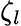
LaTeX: \zeta_{l}